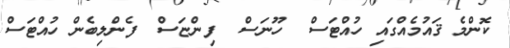
ކޮންމެ ޤައުމެއްގައި ހުއްޓަސް  ހޫނަސް  ފިންޏަސް  ފެންލިބެން ހުއްޓަސް